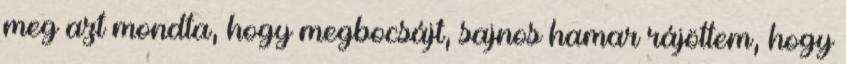
meg azt mondta, hogy megbocsájt, sajnos hamar rájöttem, hogy